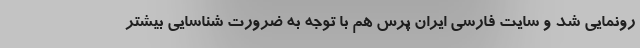
رونمایی شد و سایت فارسی ایران پرس هم با توجه به ضرورت شناسایی بیشتر